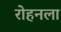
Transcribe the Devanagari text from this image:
रोहनला